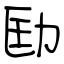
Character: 劻